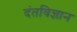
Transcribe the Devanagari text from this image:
दंतविज्ञान